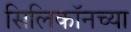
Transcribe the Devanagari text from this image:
सिलिकॉनच्या